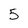
Character: 5